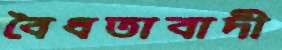
বৈধতাবাদী